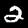
Label: 2